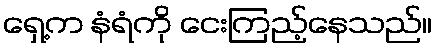
ရှေ့က နံရံကို ငေးကြည့်နေသည်။